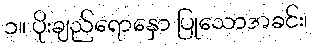
၁။ ပိုးချည်ရောနှော ပြုသောအခင်း၊